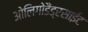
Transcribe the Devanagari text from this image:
ओलिगोडैंड्रसाईट